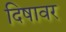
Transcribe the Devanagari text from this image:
दिषावर